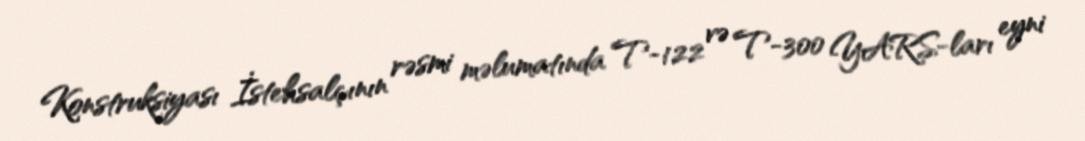
Konstruksiyası İstehsalçının rəsmi məlumatında T-122 və T-300 YARS-ları eyni